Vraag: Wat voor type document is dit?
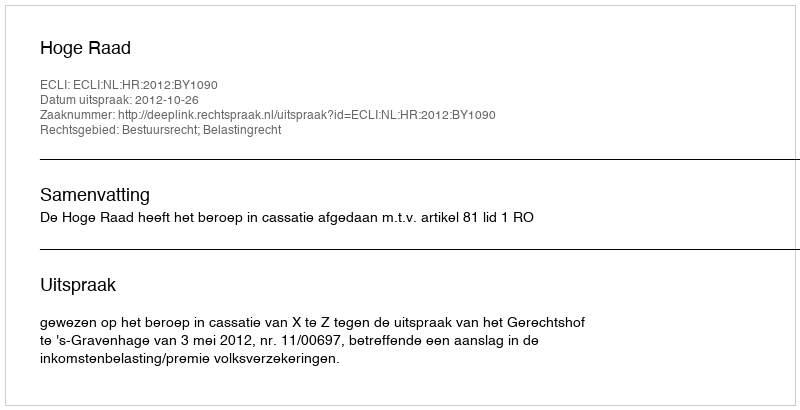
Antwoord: Uitspraak